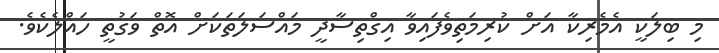
މި ބިލަކީ އެމެރިކާ އަށް ކުރިމަތިވެފައިވާ އިގްތިސާދީ މައްސަލަތަކަށް އޮތް ވަގުތީ ހައްލެކެވެ.